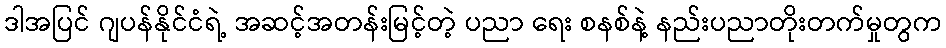
ဒါအပြင် ဂျပန်နိုင်ငံရဲ့ အဆင့်အတန်းမြင့်တဲ့ ပညာ ရေး စနစ်နဲ့ နည်းပညာတိုးတက်မှုတွက